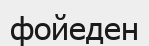
фойеден